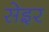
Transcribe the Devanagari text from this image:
सेइर